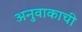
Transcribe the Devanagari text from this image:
अनुवाकाची